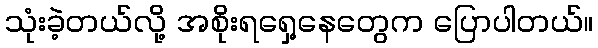
သုံးခဲ့တယ်လို့ အစိုးရရှေ့နေတွေက ပြောပါတယ်။